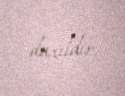
daxildir.